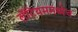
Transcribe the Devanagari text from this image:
लॅटियममध्येच